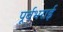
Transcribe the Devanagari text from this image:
पूर्वभराई